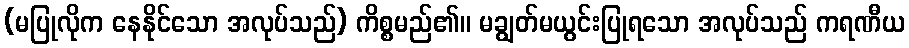
(မပြုလိုက နေနိုင်သော အလုပ်သည်) ကိစ္စမည်၏။ မချွတ်မယွင်းပြုရသော အလုပ်သည် ကရဏီယ